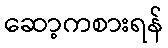
ဆော့ကစားရန်